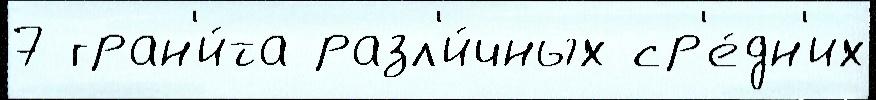
7 гран'и́та разл'и́чных ср'е́дн'их